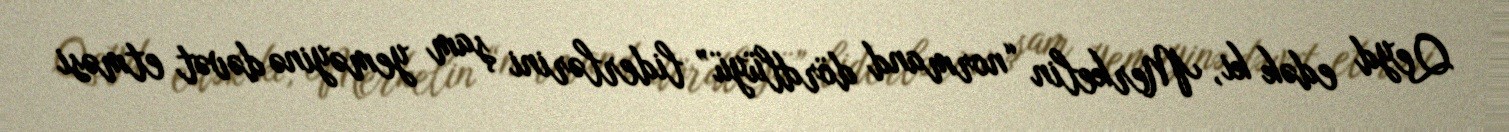
Qeyd edək ki, Merkelin “normand dördlüyü” liderlərini şam yeməyinə dəvət etməsi